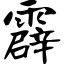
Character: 霹